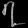
Digit: ၇